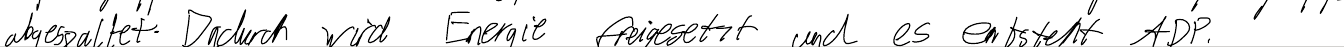
abgespaltet. Dadurch wird Energie freigesetzt und es entsteht ADP.